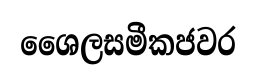
ශෛලසමීකජවර